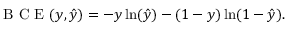
\mathrm { ~ B ~ C ~ E ~ } ( y , \hat { y } ) = - y \ln ( \hat { y } ) - ( 1 - y ) \ln ( 1 - \hat { y } ) .